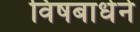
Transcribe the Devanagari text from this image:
विषबाधेने